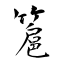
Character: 簄